system: You are a helpful assistant.
user:
Analyze the provided spectrum to determine if it is a **M-type Giant (gM)**.

A M-type Giant spectrum is defined by its **strong molecular absorption** features, particularly from **Titanium Oxide (TiO)**. You must check for one of the following mutually exclusive signatures:

- **Key Visual Indicators (Absorption-Dominated Spectrum):**

    - **(Primary):** The spectrum is dominated by strong molecular absorption from **Titanium Oxide (TiO)**. This is the **defining feature** of its M-type temperature class.
        - **(Key Bandheads):** Look for sharp, "saw-tooth" absorption valleys. The strongest are located near **~7050 Å**, **~6160 Å**, and **~5170 Å**.
        - **(Line Profile):** The "saw-tooth" morphology is critical: a **sharp, steep drop on the BLUE (short-wavelength) side** of the bandhead, followed by a gradual recovery (rising flux) towards the RED (long-wavelength) side.

    - **(Key Confirmation - Giant vs. Dwarf):** **ABSENCE** of strong **Calcium Hydride (CaH)** molecular bands. This is the primary diagnostic for *excluding* M-dwarfs.
        - **(Key Region):** The spectrum should lack the strong, broad absorption band seen in dwarfs between **~6800 Å and ~7000 Å**.

    - **(Secondary Confirmation - Giant):** A very strong and broad **Neutral Calcium (Ca I)** atomic absorption line.
        - **(Key Line):** Located at **~4226 Å**. In a giant (gM), this line is significantly deeper and broader than the same line in an M-dwarf (dM) due to low surface gravity.

    - **(Overall Spectrum):**
        - The continuum is **extremely red-sloping** (i.e., flux is very low in the blue and rises dramatically towards the red).
        - The entire spectrum appears "chopped up" by the deep TiO bands.

Think first, call **spectral_visualization_tool** if needed to examine features in detail, then provide your final answer. Your response must adhere to the following strict rules:
1.  **Overall Structure:** Your response must follow the format `<think>...</think> <tool_call>...</tool_call> (if a tool is used) <answer>...</answer>`.
2.  **Tool Usage Constraint:** You may only make **one** tool call per turn.
3.  **Final Answer Format:** In the `<answer>` tag, your conclusion must be inside a `\boxed{}` command (e.g., `\boxed{YES}` or `\boxed{NO}`), followed by your justification.

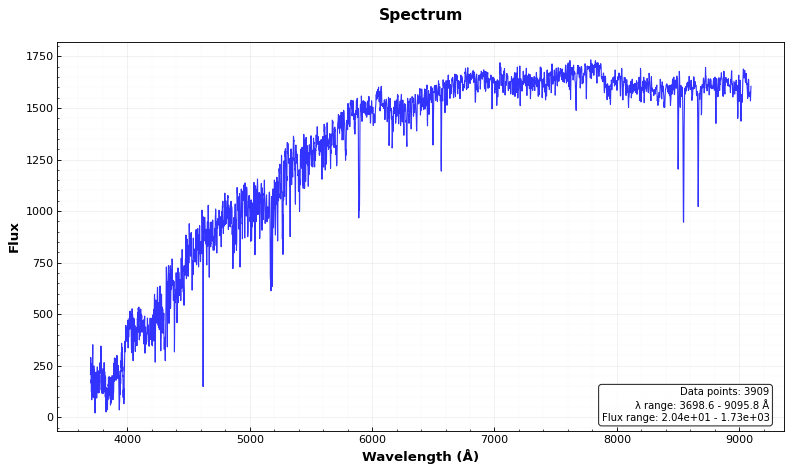
Answer: NO